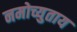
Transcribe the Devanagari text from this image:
नमोच्युताय